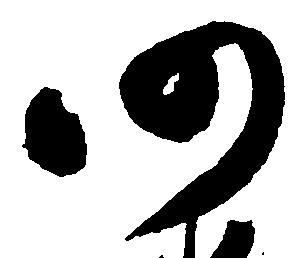
仍